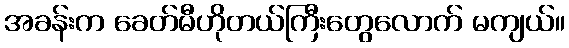
အခန်းက ခေတ်မီဟိုတယ်ကြီးတွေလောက် မကျယ်။